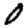
Digit: 0